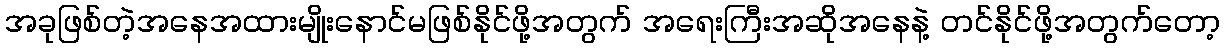
အခုဖြစ်တဲ့အနေအထားမျိုးနောင်မဖြစ်နိုင်ဖို့အတွက် အရေးကြီးအဆိုအနေနဲ့ တင်နိုင်ဖို့အတွက်တော့